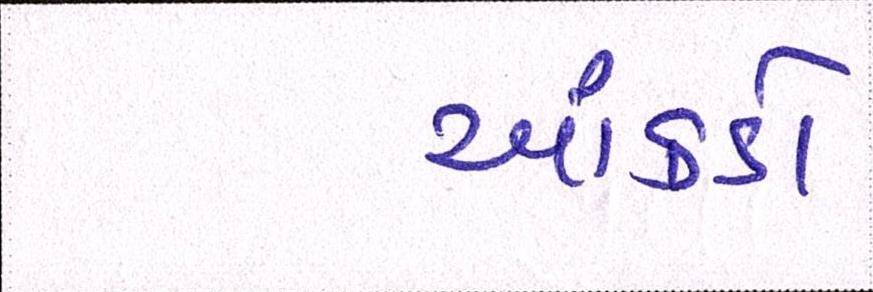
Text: આંકડો